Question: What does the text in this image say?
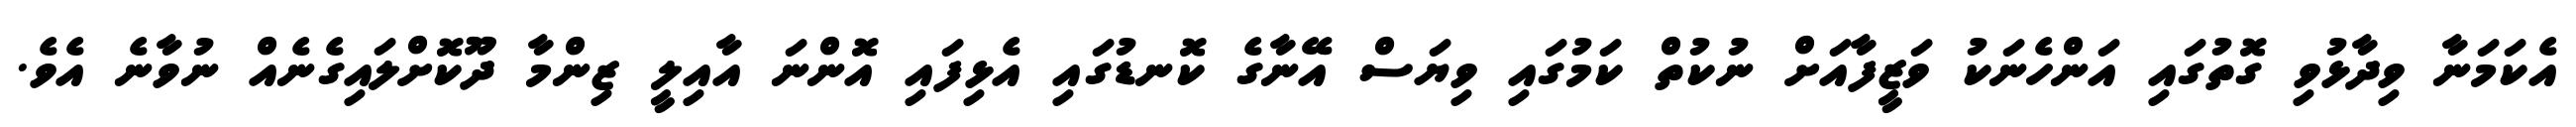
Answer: އެކަމަނާ ވިދާޅުވި ގޮތުގައި އަންހެނަކު ވަޒީފާއަށް ނުކުތް ކަމުގައި ވިޔަސް އޭނާގެ ކޮނޑުގައި އެޅިފައި އޮންނަ އާއިލީ ޒިންމާ ދޫކޮށްލައިގެނެއް ނުވާނެ އެވެ.